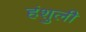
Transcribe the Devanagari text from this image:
हंशुली